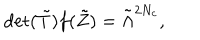
LaTeX: \mathrm { d e t } ( { \tilde { T } } ) f ( { \tilde { Z } } ) = { \tilde { \Lambda } } ^ { 2 N _ { c } } ,